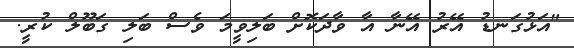
"އަޅުގަނޑު އޭރު އޭނާ އާ ވާދަކޮށް ބަލިވީމަ ވެސް ބަލި ގަބޫލް ކުރީ.